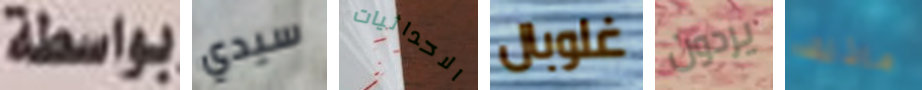
بواسطة سيدي الاحداثيات غلوبال يردون ماذلك